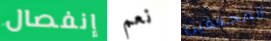
إنفصال نعم المحققين